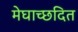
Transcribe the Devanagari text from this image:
मेघाच्छदित